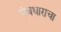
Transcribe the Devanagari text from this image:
पंचधाराचा